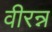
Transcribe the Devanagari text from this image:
वीरन्न